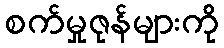
စက်မှုဇုန်များကို